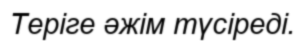
Теріге әжім түсіреді.